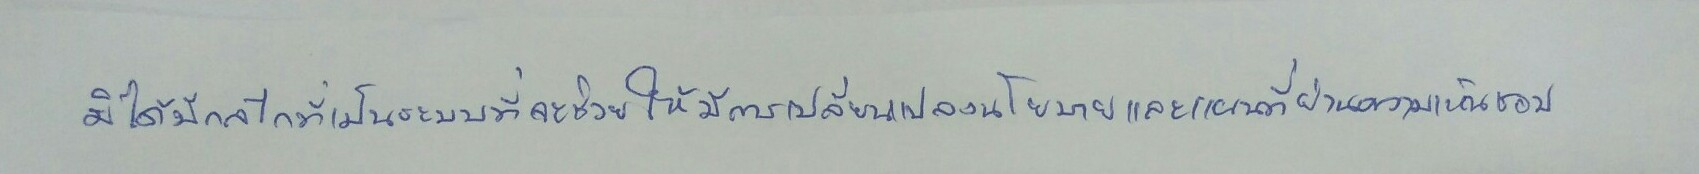
มิได้มีกลไกที่เป็นระบบที่จะช่วยให้มีการเปลี่ยนแปลงนโยบายและแผนที่ผ่านความเห็นชอบ